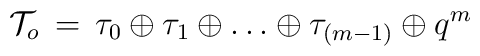
{\cal T}_o\,=\,\tau_0\oplus\tau_1\oplus\ldots\oplus\tau_{(m-1)}\oplus q^m